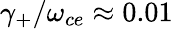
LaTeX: \gamma_{+}/\omega_{ce}\approx 0.01